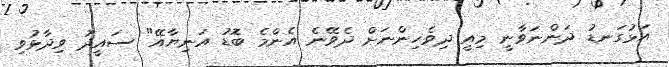
އަޅުގަނޑު ދަންނަވާނީ މިއީ ދިވެހިންނަށް ދެވޭނެ އެންމެ ބޮޑު އަނިޔާއޭ" ސައީދު ވިދާޅުވި